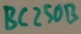
Text: BC250B